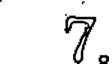
7